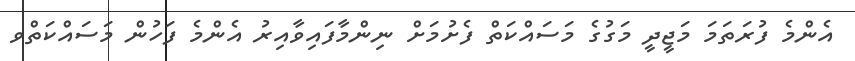
އެންމެ ފުރަތަމަ މަޖީދީ މަގުގެ މަސައްކަތް ފެށުމަށް ނިންމާފައިވާއިރު އެންމެ ފަހުން މަސައްކަތްވ